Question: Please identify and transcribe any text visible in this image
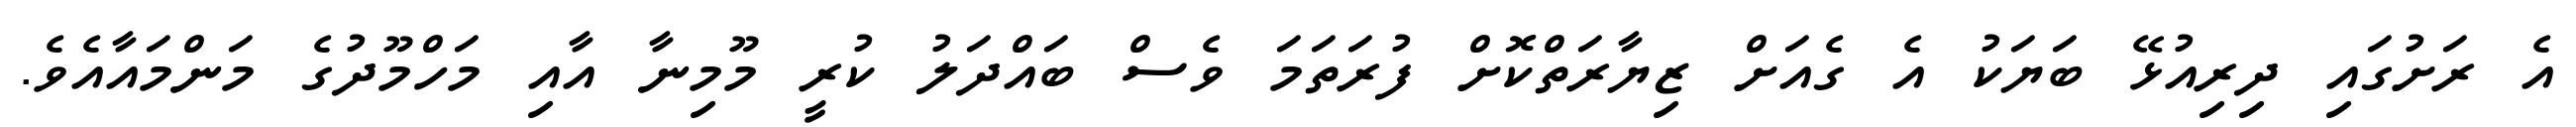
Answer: އެ ރަށުގައި ދިރިއުޅޭ ބަޔަކު އެ ގެއަށް ޒިޔާރަތްކޮށް ފުރަތަމަ ވެސް ބައްދަލު ކުރީ މޫމިނާ އާއި މަހްމޫދުގެ މަންމައާއެވެ.